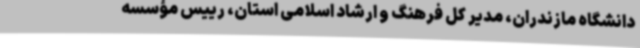
دانشگاه مازندران، مدیر کل فرهنگ و ارشاد اسلامی استان، رییس مؤسسه